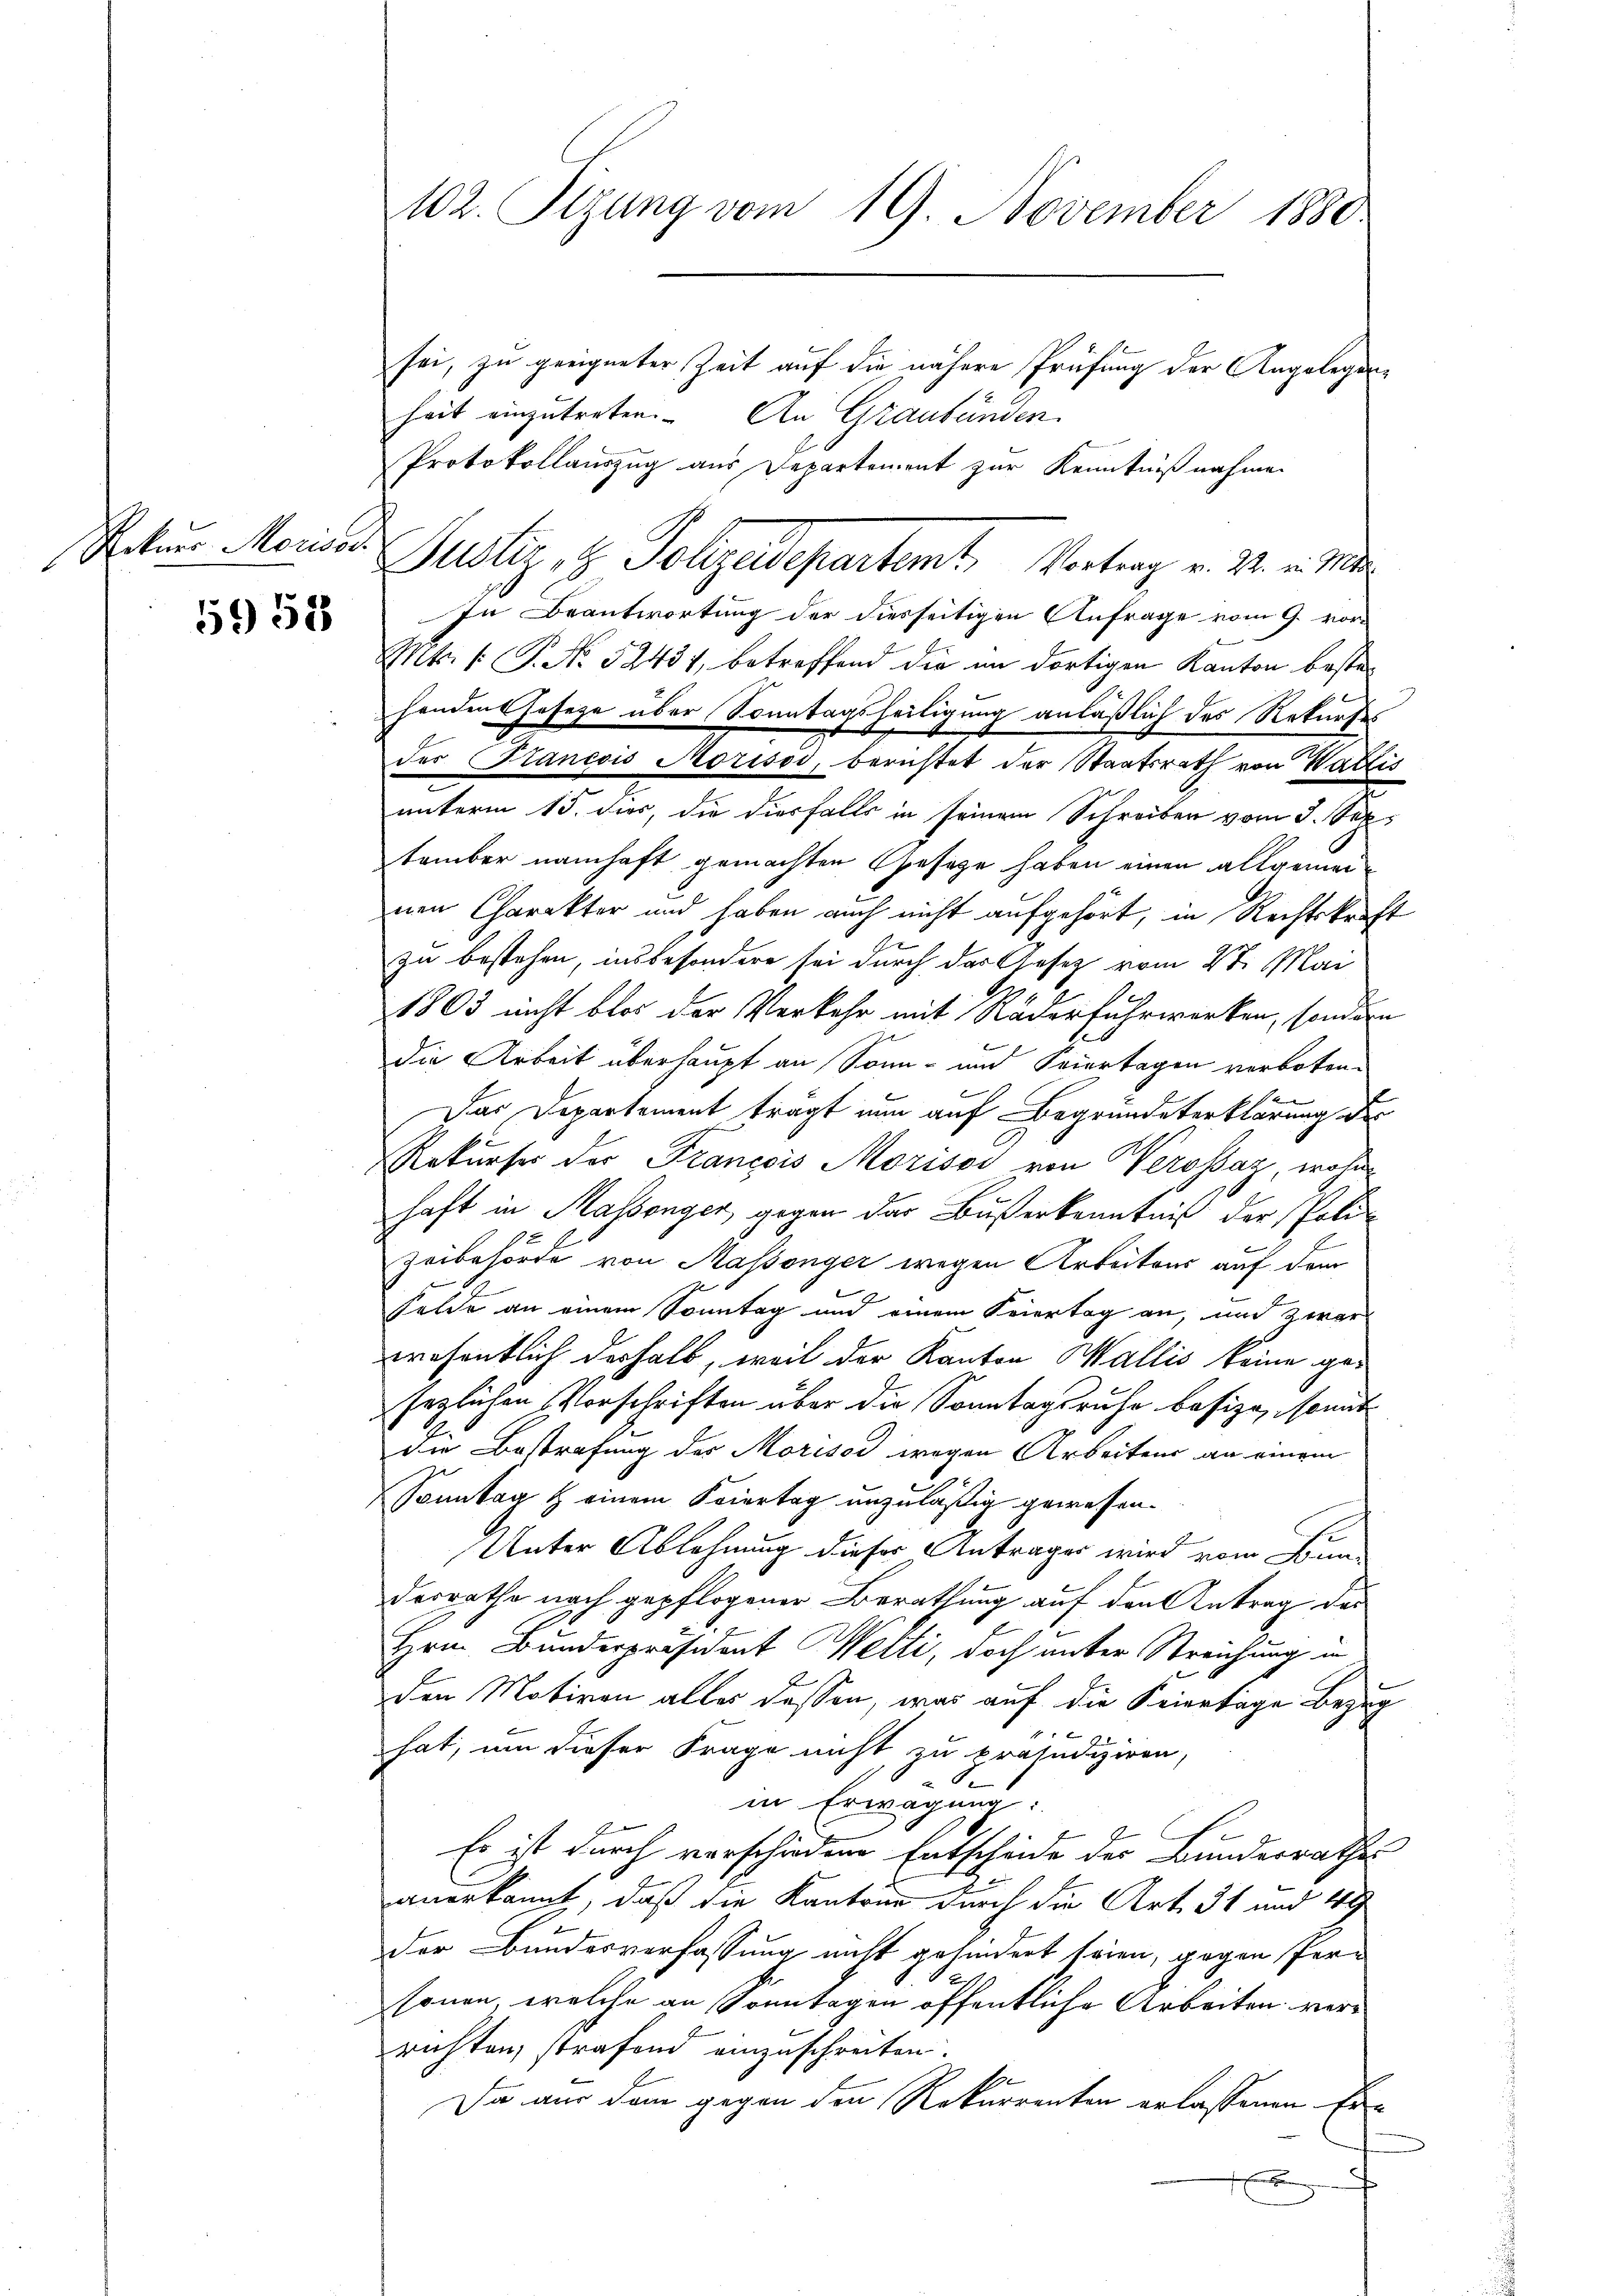
Rekurr Morisar

5951

sei, zu geeigneter Zeit auf die nähere Prüfung der Angelegenheit einzutreten. An Graubünden.
Protokollauszug aus Departement zur Kenntnißnahmen
Justiz, H. Polizeidepartamt, Vortrag v. M. v. M
In Beantwortung der diesseitigen Anfrage vom 9. vor¬
Mts. 1. P. No 52437, betreffend die im dortigen Kanton bestehandenshofeze über Sonntagsheiligung anläßlich des Rekurses
der Francois Morisoi, berichtet der Staatsrath von Wallis
unterm 15. dies, die diesfalls in seinem Schreiben vom 3. Sep
tember namhaft gemachten Gesetze haben einen allgemeinen Charakter und haben auch nicht aufgehört, in Rechtskraft
zu bestehen, insbesondere sei durch das Gesetz vom 4ten Mai
1803 nicht blos der Verkehr mit Räderfuhrwerken, sondern
die Arbeit überhaupt an Sonn- und Feiertagen verboten:
Das Departement trägt nun auf Begründeterklärung der
Rekurser der Francois Morisos von Werosaz, wohn
haft in Malsenger, gegen der Bußerkenntniß der Poli-
zeibehörde von Massenger wegen Arbeitens auf dem
Felde an einem Sonntag und einem Feiertag an, und zwar
wesentlich deshalb, weil der Kanton Wallis keine gesezlichen Vorschriften über die Sonntagsruhe besize, somit
die Bestrafung des Morisod wegen Arbeitens an einem
x
Sonntag & einem Feiertag unzuläßig gewesen.
Unter Ablehnung dieser Anträger wird vom Bundesrathe nach gepflogener Berathung auf den Antrag des
Hrn. Bundespräsident Welti, doch unter Streichung in
den Motiven alles dassen, war auf die Feiertage Bezug
hat, um dieser Frage nicht, zu präjudiziren,
in Erwägung:
Es ist durch verschiedene Entscheide der Bundesrathes
anerkannt, daß die Kantons durch die Art. 31 und 49
Der Bundesverfassung nicht gehindert seien, gegen Personen, welche an Sonntagen öffentliche Arbeiten verrichten, strafend einzuschreiten.
Da aus dem gegen den Rekurrenten erlassenen Er¬
A

102. Sitzung vom 19. November 1880.